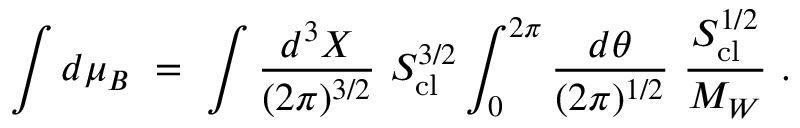
\int d \mu _ { B } \ = \ \int { \frac { d ^ { 3 } X } { ( 2 \pi ) ^ { 3 / 2 } } } \ S _ { \mathrm { c l } } ^ { 3 / 2 } \int _ { 0 } ^ { 2 \pi } { \frac { d \theta } { ( 2 \pi ) ^ { 1 / 2 } } } \ { \frac { S _ { \mathrm { c l } } ^ { 1 / 2 } } { M _ { W } } } \ .